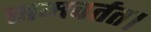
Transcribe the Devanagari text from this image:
समवर्तत।